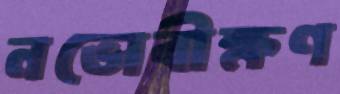
নভোবীক্ষণ